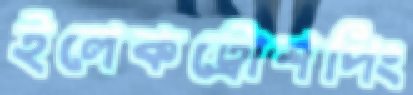
ইলেকট্রোশপিং